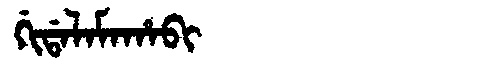
Manchu: ᡤᡳᡩᠠᠯᠠᠮᠠᡥᠠᠪᡳ
Romanization: GIDALAMAHABI